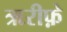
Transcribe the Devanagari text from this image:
ऋरीफ़े